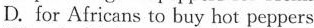
D. for Africans to buy hot peppers